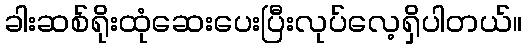
ခါးဆစ်ရိုးထုံဆေးပေးပြီးလုပ်လေ့ရှိပါတယ်။